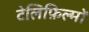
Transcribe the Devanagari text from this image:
टेलिफ़िल्मों